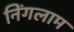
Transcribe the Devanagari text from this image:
निंगलाम